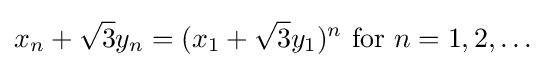
x_{n}+{\sqrt {3}}y_{n}=(x_{1}+{\sqrt {3}}y_{1})^{n}{\text{ for }}n=1,2,\ldots